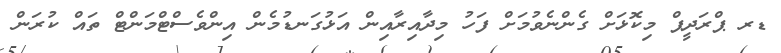
ޑރ ޕްރަދީޕް މިކޮޅަށް ގެންނެވުމަށް ފަހު މިދާއިރާއިން އަޅުގަނޑުމެން އިންވެސްޓްމަންޓް ތައް ކުރަން